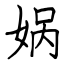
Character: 娲